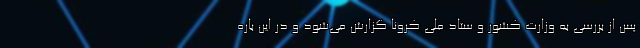
پس از بررسی به وزارت کشور و ستاد ملی کرونا گزارش می‌شود و در این باره